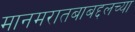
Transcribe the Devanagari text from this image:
मानमरातबाबद्दलच्या